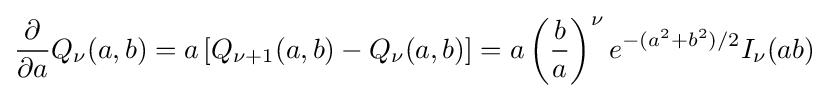
{\frac {\partial }{\partial a}}Q_{\nu }(a,b)=a\left[Q_{\nu +1}(a,b)-Q_{\nu }(a,b)\right]=a\left({\frac {b}{a}}\right)^{\nu }e^{-(a^{2}+b^{2})/2}I_{\nu }(ab)